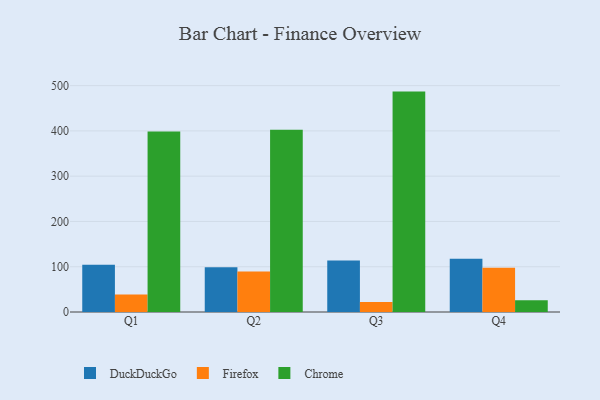
{"axis": {"x": "Quarter", "y": "Demand Index"}, "legend": ["Chrome", "DuckDuckGo", "Firefox"], "data": [{"x": "Q1", "y": 104.5, "type": "DuckDuckGo"}, {"x": "Q1", "y": 38.6, "type": "Firefox"}, {"x": "Q1", "y": 398.6, "type": "Chrome"}, {"x": "Q2", "y": 98.6, "type": "DuckDuckGo"}, {"x": "Q2", "y": 89.5, "type": "Firefox"}, {"x": "Q2", "y": 402.7, "type": "Chrome"}, {"x": "Q3", "y": 113.7, "type": "DuckDuckGo"}, {"x": "Q3", "y": 22.3, "type": "Firefox"}, {"x": "Q3", "y": 486.8, "type": "Chrome"}, {"x": "Q4", "y": 117.8, "type": "DuckDuckGo"}, {"x": "Q4", "y": 97.6, "type": "Firefox"}, {"x": "Q4", "y": 26.1, "type": "Chrome"}]}